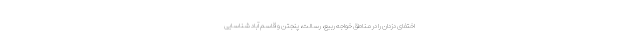
اختفای دزدان را در مناطق خواجه ربیع، رسالت، پنجتن و قاسم آباد شناسایی